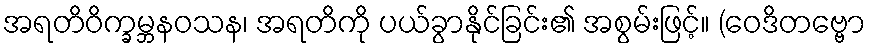
အရတိဝိက္ခမ္ဘနဝသန၊ အရတိကို ပယ်ခွာနိုင်ခြင်း၏ အစွမ်းဖြင့်။ (ဝေဒိတဗ္ဗော